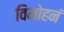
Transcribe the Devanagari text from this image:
विमोहनं